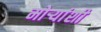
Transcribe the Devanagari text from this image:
मोर्‍यांशी